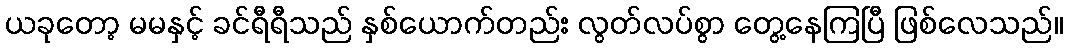
ယခုတော့ မမနှင့် ခင်ရီရီသည် နှစ်ယောက်တည်း လွတ်လပ်စွာ တွေ့နေကြပြီ ဖြစ်လေသည်။